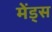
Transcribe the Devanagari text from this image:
मेंड्स